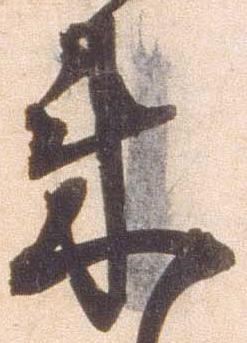
来